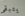
يتبقى